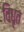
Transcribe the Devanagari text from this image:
विधृत